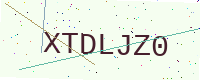
Text: XTDLJZ0